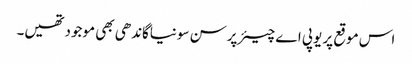
اس موقع پر یوپی اے چیئرپرسن سونیاگاندھی بھی موجودتھیں۔